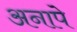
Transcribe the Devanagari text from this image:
अनापे